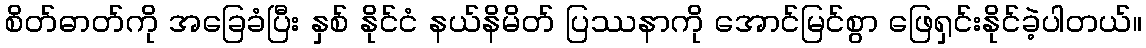
စိတ်ဓာတ်ကို အခြေခံပြီး နှစ် နိုင်ငံ နယ်နိမိတ် ပြဿနာကို အောင်မြင်စွာ ဖြေရှင်းနိုင်ခဲ့ပါတယ်။